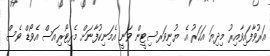
އަރުވާފައިވާއިރު މިދިޔަ އަހަރު އެ ޔުނިވަރސިޓީން ވަނީ އެމަނިކުފާނަށް މެރިޓޯރިއަސް އެވޯޑް ވެސް